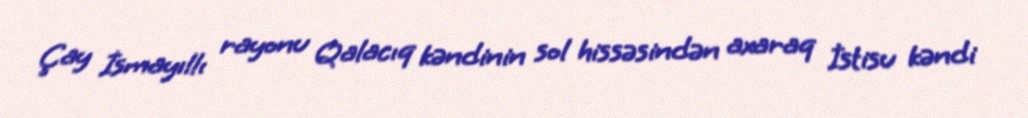
Çay İsmayıllı rayonu Qalacıq kəndinin sol hissəsindən axaraq İstisu kəndi